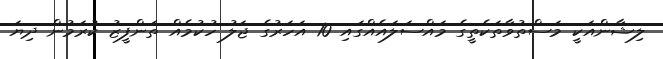
ލިޝާންއަކީ މަސްތުވާތަކެތީގެ މައްސަލައެއްގައި 10 އަހަރުގެ ޖަލު ހުކުމެއް ތަންފީޒު ކުރަމުން ދިޔަ